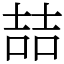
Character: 喆